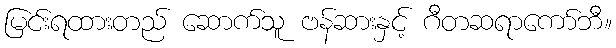
မြင်းရထားတည် ဆောက်သူ ဗန်ဆားနှင့် ဂီတဆရာကော်ဘီ။